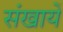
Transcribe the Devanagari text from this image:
संखायें